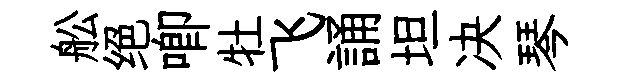
舩绝唧牡飞誦坦决琴